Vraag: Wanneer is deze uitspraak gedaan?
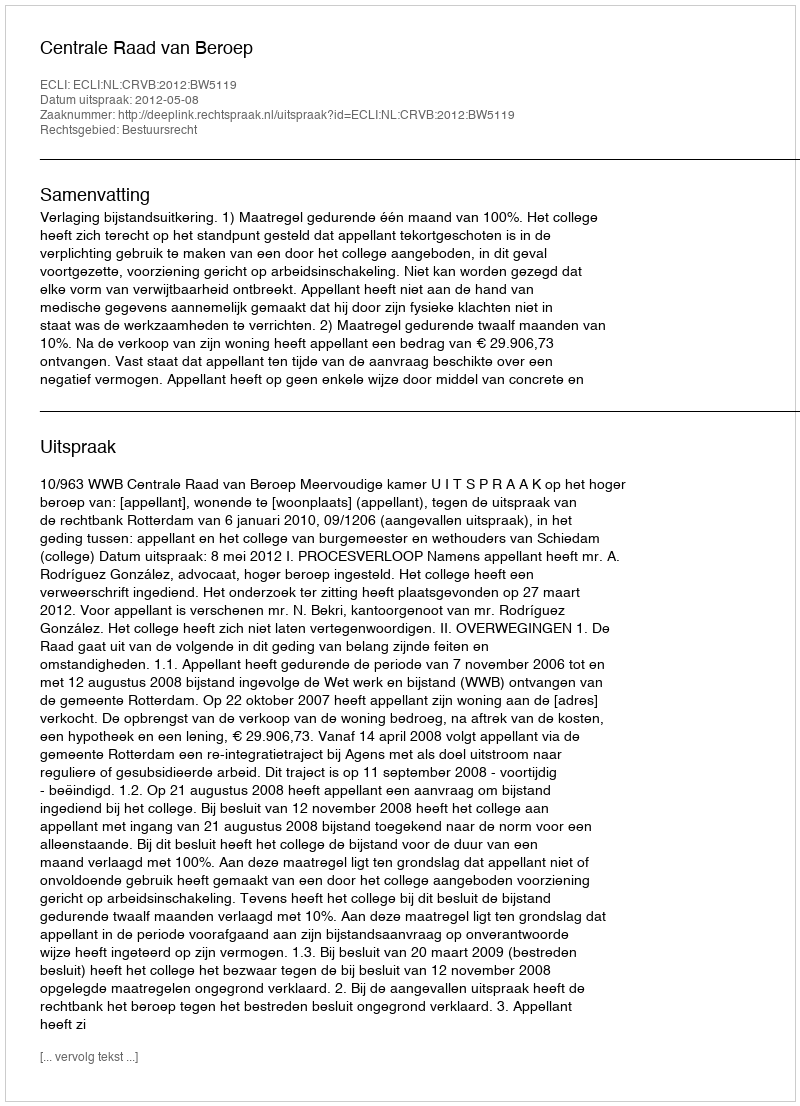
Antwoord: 2012-05-08